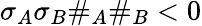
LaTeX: \sigma_{A}\sigma_{B}\# _{A}\# _{B}<0